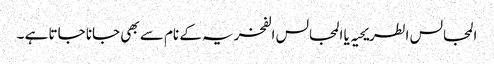
المجالس الطریحیہ یا المجالس الفخریہ کے نام سے بھی جانا جاتا ہے ۔